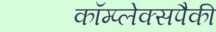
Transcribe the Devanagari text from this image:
कॉम्प्लेक्सपैकी